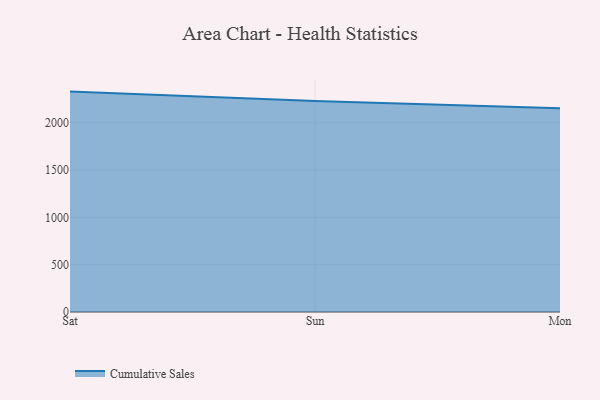
{"axis": {"x": "Day", "y": "Temperature (°C)"}, "legend": ["Cumulative Sales"], "data": [{"x": "Sat", "y": 2329.5, "type": "Cumulative Sales"}, {"x": "Sun", "y": 2231.1, "type": "Cumulative Sales"}, {"x": "Mon", "y": 2152.8, "type": "Cumulative Sales"}]}